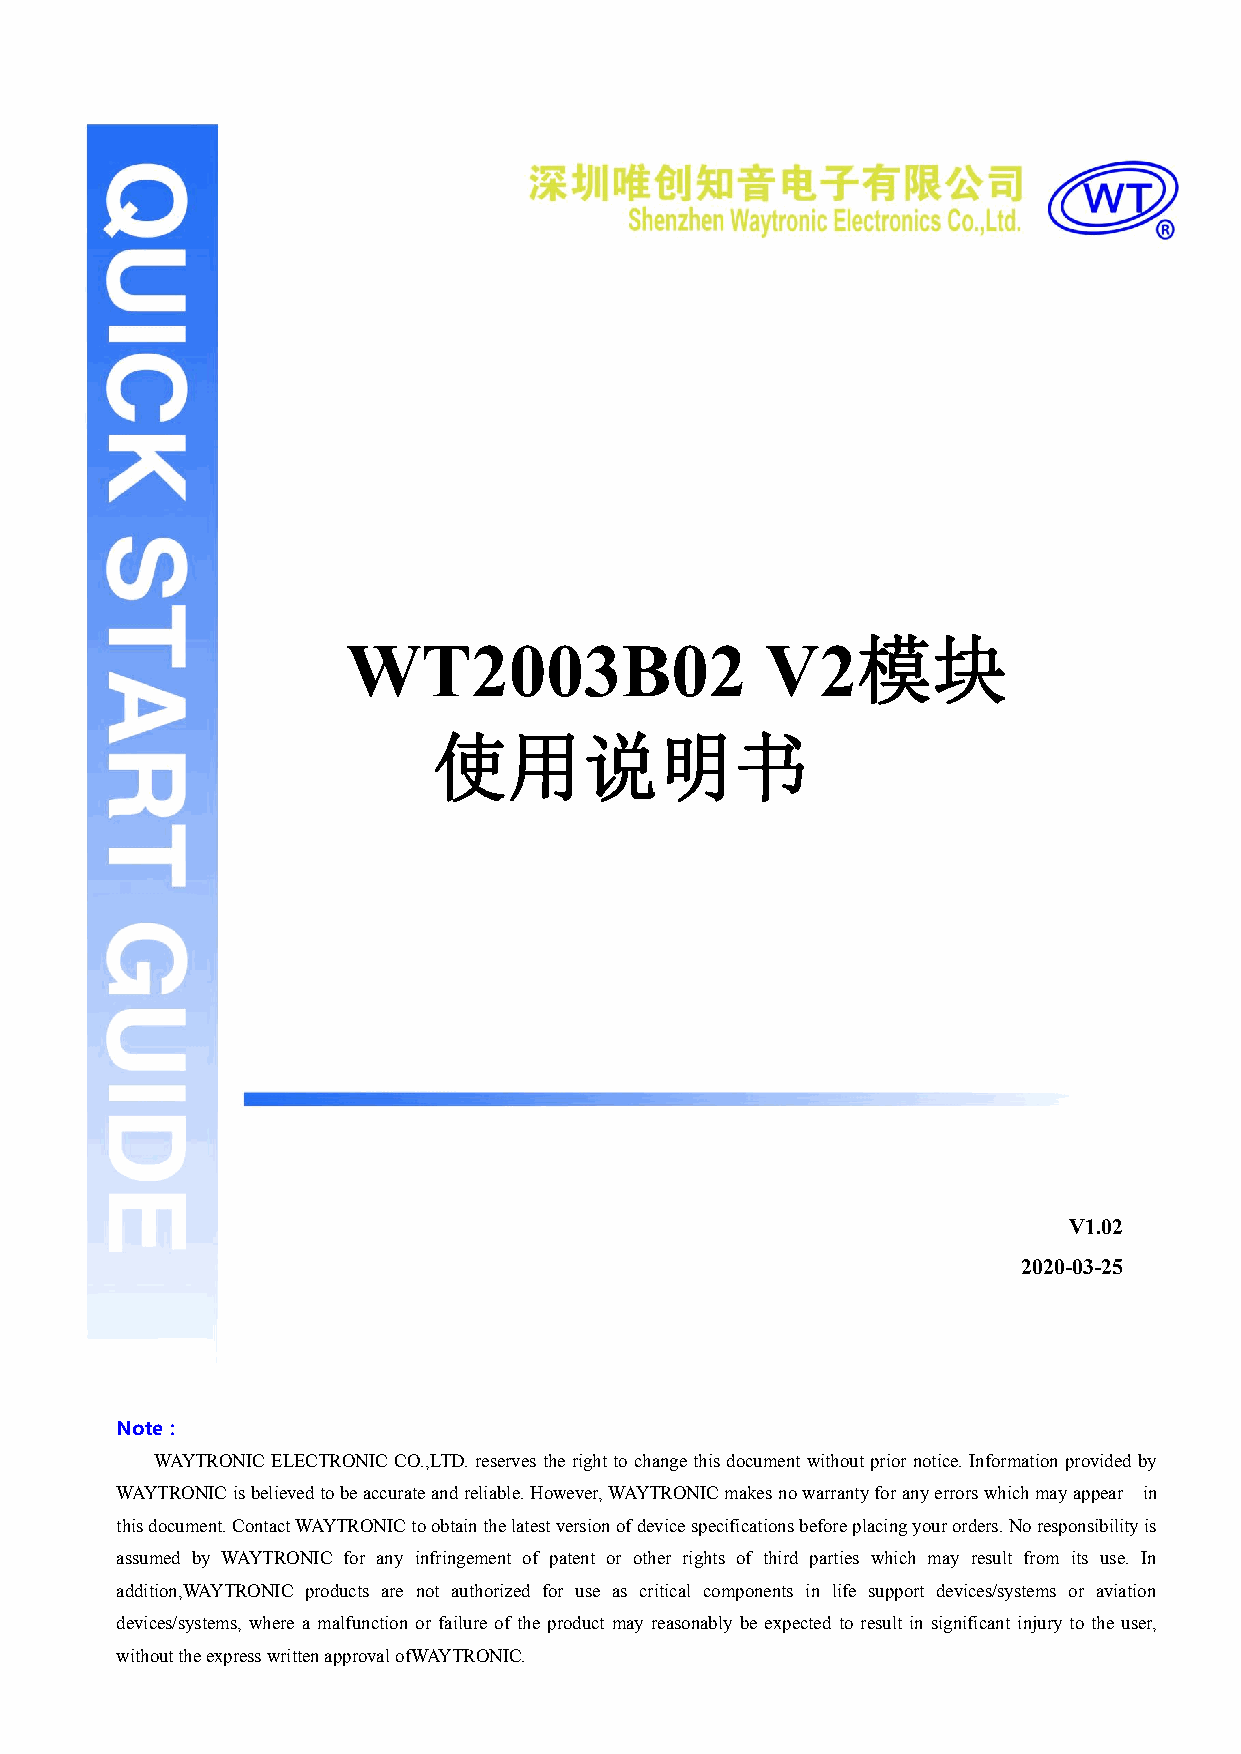
广州唯创电子有限公司MP3录音模块
 模块
 WT2003B02                   V2
 使用说明书
 V1.02
 2020-03-25
 Note：
 WAYTRONIC ELECTRONIC CO.,LTD.reservestherighttochangethisdocumentwithoutprior notice.Informationprovidedby
 WAYTRONICisbelievedtobeaccurateandreliable.However,WAYTRONICmakesnowarrantyforanyerrorswhichmayappear in
 thisdocument.ContactWAYTRONICtoobtainthelatestversionofdevicespecificationsbeforeplacingyourorders.Noresponsibilityis
 assumed by WAYTRONIC for any infringement of patent or other rights of third parties which may result from its use. In
 addition,WAYTRONIC products are not authorized for use as critical components in life support devices/systems or aviation
 devices/systems, where a malfunction or failure of the product may reasonably be expected to result in significant injury to the user,
 withouttheexpresswrittenapprovalofWAYTRONIC.